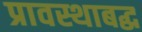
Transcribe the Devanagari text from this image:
प्रावस्थाबद्ध